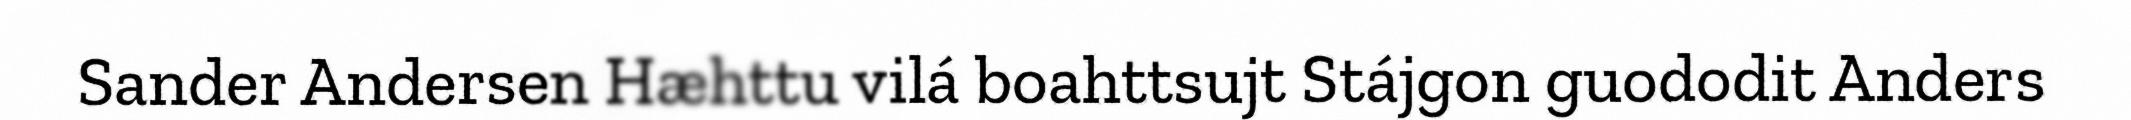
Sander Andersen Hæhttu vilá boahttsujt Stájgon guododit Anders